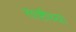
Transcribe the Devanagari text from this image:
साष्टीच्या